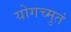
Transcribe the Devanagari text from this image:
योगच्मुतं